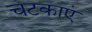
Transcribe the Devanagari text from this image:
चटकाएं